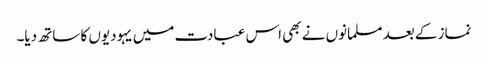
نماز کے بعد مسلمانوں نے بھی اس عبادت میں یہودیوں کا ساتھ دیا۔